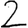
Digit: 2